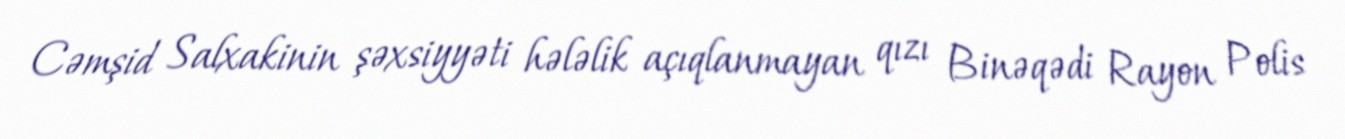
Cəmşid Salxakinin şəxsiyyəti hələlik açıqlanmayan qızı Binəqədi Rayon Polis